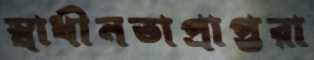
স্বাধীনতাপ্রাপ্তরা